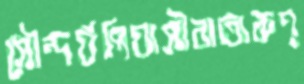
সৌন্দর্যপিয়াসীরাতারুণ্